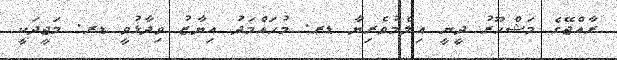
ރާއްޖޭގެ މަޝްހޫރު ދީނީ އިލްމުވެރިޔާ ޑރ. މުހައްމަދު އިޔާޒު ވިދާޅުވީ ޑރ. މަޖީދަކީ